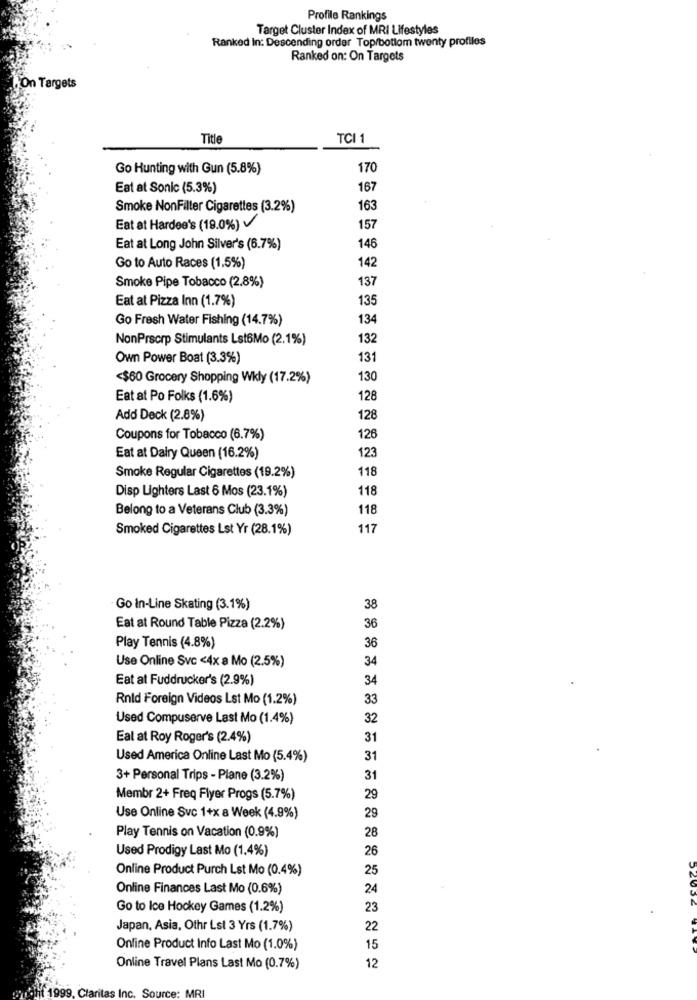
Profile Rankings
Target Cluster Index of MRI Lifestyles
Ranked In: Descending order Top/bottom twenty profiles
Ranked on: On Targets
On Targets
Title
TCI 1
Go Hunting with Gun (5.8%)
170
Eat at Sonic (5.3%)
167
Smoke NonFilter Cigarettes (3.2%)
163
Eat at Hardee's (19.0%)
157
Eat at Long John Silver's (6.7%)
146
142
Go to Auto Races (1,5%)
Smoke Pipe Tobacco (2.8%)
137
Eat at Pizza Inn (1.7%)
135
Go Fresh Water Fishing (14.7%)
134
NonPrscrp Stimulants Lst6Mo (2.1%)
132
Own Power Boat (3.3%)
131
<$60 Grocery Shopping Wkly (17.2%)
130
Eat at Po Folks (1.6%)
128
Add Deck (2.8%)
128
Coupons for Tobacco (6.7%)
126
123
Eat at Dairy Queen (16.2%)
Smoke Regular Cigarettes (19.2%)
118
Disp Lighters Last 6 Mos (23.1%)
118
Belong to a Veterans Club (3.3%)
118
Smoked Cigarettes Lst Yr (28.1%)
117
Go in-Line Skating (3.1%)
38
Eat at Round Table Pizza (2.2%)
36
Play Tennis (4.8%)
36
Use Online Svc <4x a Mo (2.5%)
34
Eat at Fuddrucker's (2.9%)
34
Rnld Foreign Videos Lst Mo (1.2%)
33
Used Compuserve Last Mo (1.4%)
32
Eal at Roy Roger's (2.4%)
31
Used America Online Last Mo (5.4%)
31
3+ Personal Trips - Plane (3.2%)
31
Membr 2+ Freq Flyer Progs (5.7%)
29
Use Online Svc 1+x a Week (4.9%)
29
Play Tennis on Vacation (0.9%)
28
Used Prodigy Last Mo (1.4%)
26
Online Product Purch Lst Mo (0.4%)
25
Online Finances Last Mo (0.6%)
24
Go to Ice Hockey Games (1.2%)
23
Japan, Asia, Othr Lst 3 Yrs (1.7%)
22
Online Product Info Last Mo (1.0%)
15
Online Travel Plans Last Mo (0.7%)
12
1999, Cla
Inc. Source: MRI